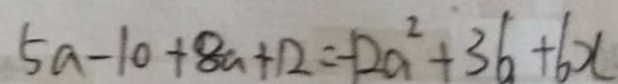
5 a - 1 0 + 8 a + 1 2 = - 1 2 a ^ { 2 } + 3 6 + 6 x